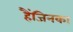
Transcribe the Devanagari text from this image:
हैंजिनका